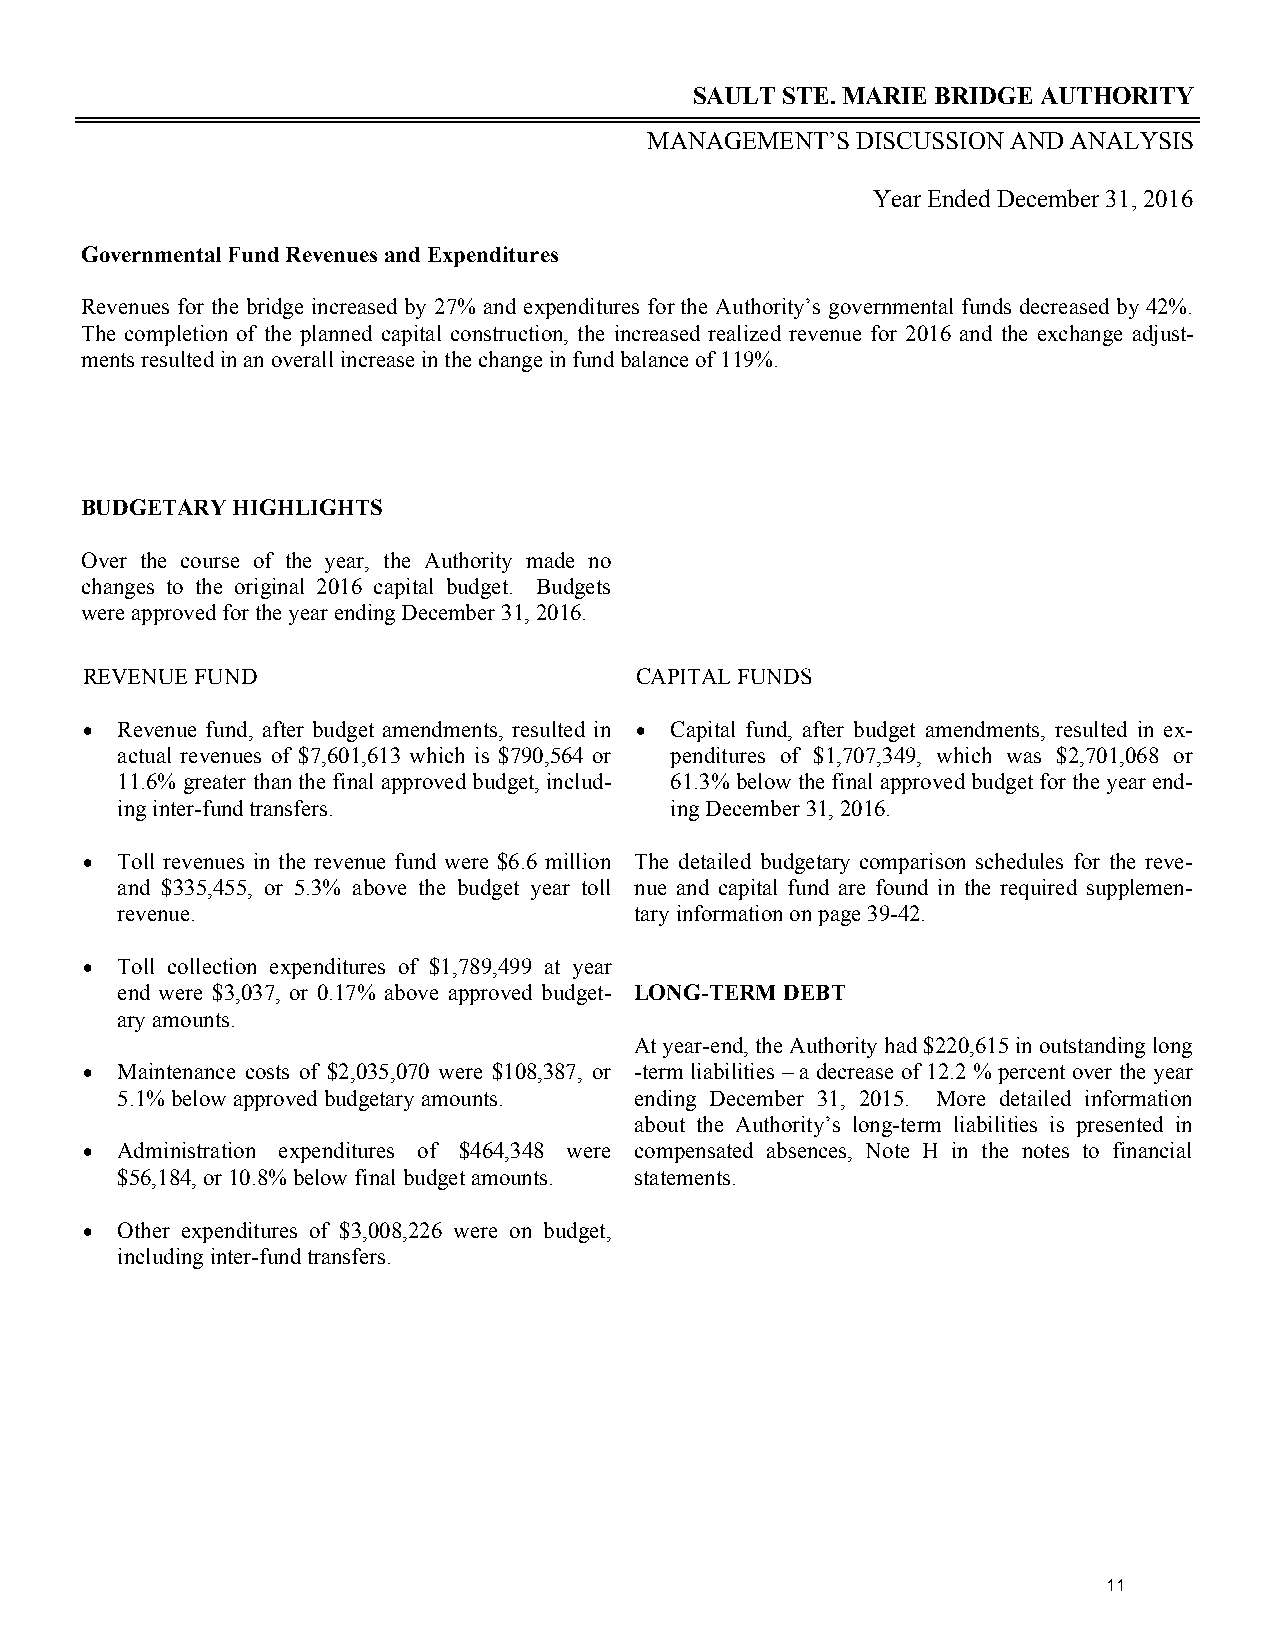
SAULT STE. MARIE BRIDGE AUTHORITY
 MANAGEMENT’S  DISCUSSION AND ANALYSIS
 Year Ended December 31, 2016
 Governmental Fund Revenues and Expenditures
 Revenues for the bridge increased by 27% and expenditures for the Authority’s governmental funds decreased by 42%.
 The completion of the planned capital construction, the increased realized revenue for 2016 and the exchange adjust-
 ments resulted in an overall increase in the change in fund balance of 119%.
 BUDGETARY HIGHLIGHTS
 Over the course of the year, the Authority made no
 changes to the original 2016 capital budget. Budgets
 were approved for the year ending December 31, 2016.
 REVENUE FUND                         CAPITAL FUNDS
  Revenue fund, after budget amendments, resulted in  Capital fund, after budget amendments, resulted in ex-
 actual revenues of $7,601,613 which is $790,564 or penditures of $1,707,349, which was $2,701,068 or
 11.6% greater than the final approved budget, includ- 61.3% below the final approved budget for the year end-
 ing inter-fund transfers.           ing December 31, 2016.
  Toll revenues in the revenue fund were $6.6 million The detailed budgetary comparison schedules for the reve-
 and $335,455, or 5.3% above the budget year toll nue and capital fund are found in the required supplemen-
 revenue.                          tary information on page 39-42.
  Toll collection expenditures of $1,789,499 at year
 end were $3,037, or 0.17% above approved budget- LONG-TERM DEBT
 ary amounts.
 At year-end, the Authority had $220,615 in outstanding long
  Maintenance costs of $2,035,070 were $108,387, or -term liabilities – a decrease of 12.2 % percent over the year
 5.1% below approved budgetary amounts. ending December 31, 2015. More detailed information
 about the Authority’s long-term liabilities is presented in
  Administration expenditures of $464,348 were compensated absences, Note H in the notes to financial
 $56,184, or 10.8% below final budget amounts. statements.
  Other expenditures of $3,008,226 were on budget,
 including inter-fund transfers.
 11